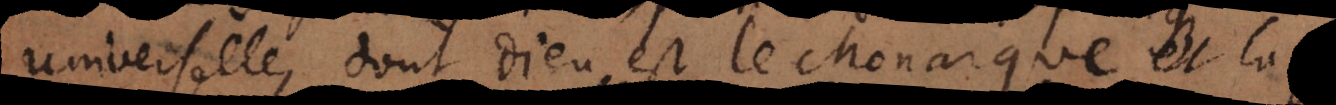
universelle, dont Dieu est le Monarque, et la